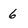
Character: 6